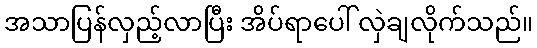
အသာပြန်လှည့်လာပြီး အိပ်ရာပေါ် လှဲချလိုက်သည်။